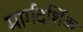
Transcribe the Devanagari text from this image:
मार्गदर्शिक